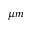
\mu m